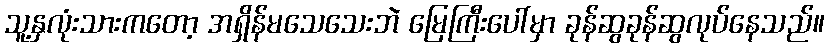
သူ့နှလုံးသားကတော့ အရှိန်မသေသေးဘဲ မြေကြီးပေါ်မှာ ခုန်ဆွခုန်ဆွလုပ်နေသည်။